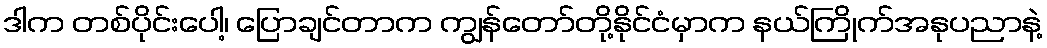
ဒါက တစ်ပိုင်းပေါ့၊ ပြောချင်တာက ကျွန်တော်တို့နိုင်ငံမှာက နယ်ကြိုက်အနုပညာနဲ့